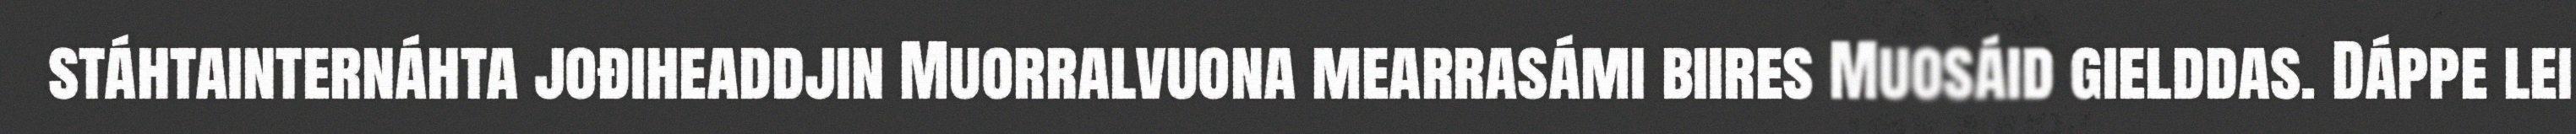
stáhtainternáhta jođiheaddjin Muorralvuona mearrasámi biires Muosáid gielddas. Dáppe lei